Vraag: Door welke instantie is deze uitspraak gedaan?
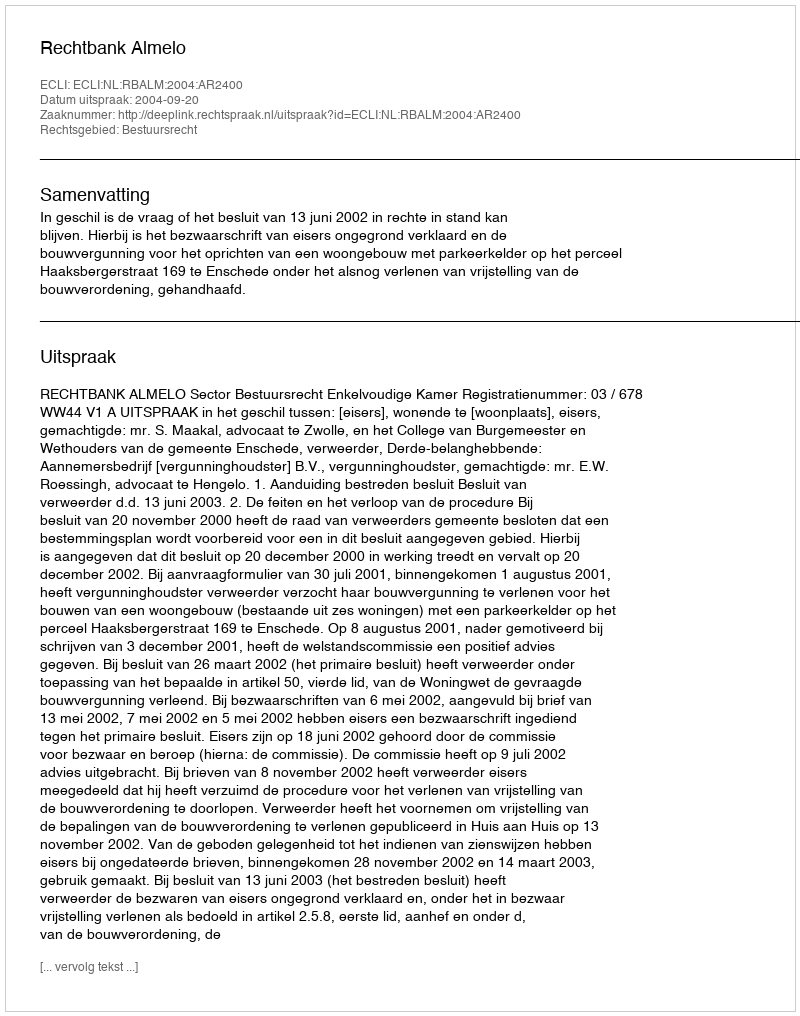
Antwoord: Rechtbank Almelo